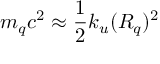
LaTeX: m _ { q } c ^ { 2 } \approx \frac { 1 } { 2 } k _ { u } ( R _ { q } ) ^ { 2 }